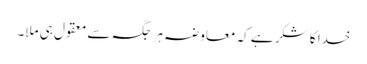
خدا کا شکر ہے کہ معاوضہ ہر جگہ سے معقول ہی ملا۔